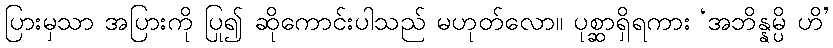
ပြားမှသာ အပြားကို ပြု၍ ဆိုကောင်းပါသည် မဟုတ်လော။ ပုစ္ဆာရှိရကား ‘အဘိန္နမ္ပိ ဟိ’